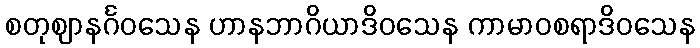
စတုဈာနင်္ဂဝသေန ဟာနဘာဂိယာဒိဝသေန ကာမာဝစရာဒိဝသေန